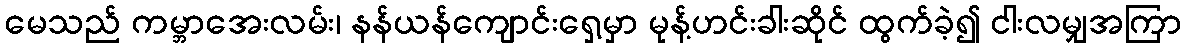
မေသည် ကမ္ဘာအေးလမ်း၊ နန်ယန်ကျောင်းရှေ့မှာ မုန့်ဟင်းခါးဆိုင် ထွက်ခဲ့၍ ငါးလမျှအကြာ